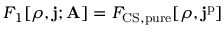
F _ { 1 } [ \rho , \mathbf { j } ; \mathbf { A } ] = F _ { \mathrm { C S , p u r e } } [ \rho , \mathbf { j } ^ { \mathrm { p } } ]